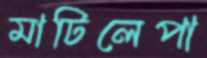
মাটিলেপা